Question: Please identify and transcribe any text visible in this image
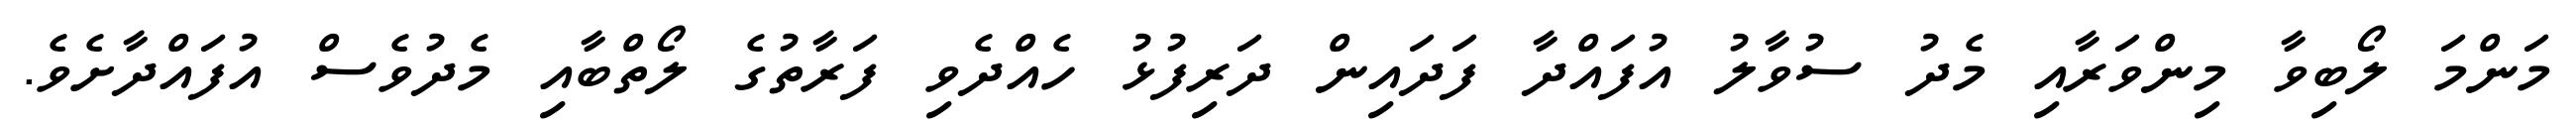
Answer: މަންމަ ލޯބިވާ މިންވަރާއި މެދު ސުވާލު އުފައްދާ ފަދައިން ދަރިފުޅު ހެއްދެވި ފަރާތުގެ ލޯތްބާއި މެދުވެސް އުފައްދާށެވެ.